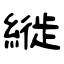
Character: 縰